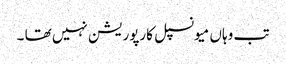
تب وہاں میونسپل کارپوریشن نہیں تھا ۔